Scottish Leaving Certificate Examination, 1952
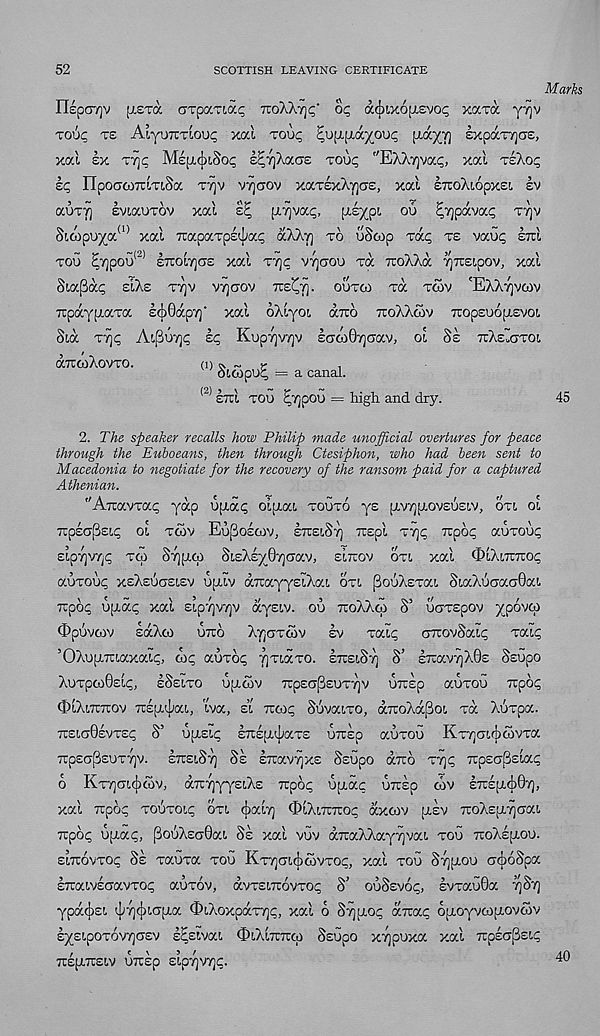
52
SCOTTISH LEAVING CERTIFICATE
HcpOTjV [J.STO, GTpKTLGCC TZo'hXrjC' OC acjliy.OIJEVOp xavdc y7]V
ro’jp te Aiy’j~Tioup xod Toup po;x(Tayooc ixayy ExpaTTjcre,
xal ex vyc Ms[xpSop e^tjAscge voop "EAAyvac, xal rlXop
Ip IlpoafOTuiTiSa TYjv vyaov xaTExXyoE, xai ETtoXiopxsi lv
aoTy IviaoTov xal
[xyvap, [XEypi oo ^ypavap vyv
SL6)pu^a a) xal TrapaTps^ap aXXy to uScop Tap te vaup etiI
too ^ypou* 21 ETrolycTE xal Typ vycroo Ta xoXXa yTOipov, xal
Siaflap eLXe tvjv vyaov tte^tj. ootco toc tcov 'EXXyvwv
TcpaypiaTa l(j)0apy' xal oXlyoi d—6 TroXXtov TcopsuoptEvoi.
Sid Typ ApSuyp Ip Kupyvyv laoiOyaav, ol SI ttXexttoi,
aTrwXovTO.
(1) ^ ~ r
,
otaipup = a canal.
(2) IttI too ^ypoo = high and dry.
Marks
45
2. TXe speaker recalls how Philip made unofficial overtures for peace
through the Euboeans, then through Ctesiphon, who had been sent to
Macedonia to negotiate for the recovery of the ransom paid for a captured
Athenian.
"AmscvTap yap upidp olptai touto ys p,vyfi.ov£0£iv, oti ol
TcpIapEip ol twv Eupolcnv, ItteiSt) TTEpl Typ Tupop auTOup
Eipyvyp Tpi Syjjxo SiEXlyOyCTav, eitcov otl xal OlXotttop
auTOup xeXeuoelev up.iv dirayysiXai oti pouXsTai SiaXuaacjOai
Tcpop upidp xal sipyvyv dyEiv. ou rcoXXqi S’ oaTEpov ypovco
3>puvcov IdXco otto XyoTcov Iv Talp cxovSaLp Taip
’OXopixiaxaip, aip auTop yTiaTO. IxsiSy S’ IxavyXGs Ssupo
XoTpcoOslp, ISelto ufxcov xpsapEUTyv oxlp auTOU xpop
(DlXlttttov xlpujjay iva, el xcop SuvaiTO, dxoXdpoi Ta XuTpa.
xeloGevtep S’ upiEip IxIpuJjaTE uxlp aUTOU KTyoxrjicovTa
xpsajSsuTyv. IxsiSy SI Ixavyxs Ssupo dxo Typ xpEc[3£Lap
6 KTyaLcjxov, dxyyysLXs xpop upiap uxlp cov IxspiAQy,
xal xpop toStolp otl ^aly <1)lXlxxop dxcov [xlv TCoXsfxyaaL
xpop 6[xap, jSouXscrGaL SI xal vuv dxaXXayyvaL tou xoXlpLou.
SLTtovTOp SI TauTa tou KTyaLcjioivTop, xal tou Sy[xou o^oSpa
IxaLvIuavTop auTov, dvTELxovTop S’ ouSsvop, IvTauGa ySy
ypd^EL ^ycjiLO'pLa 3>LXoxpdTyp, xal 6 Sypiop dxap 6[xoyvcopLOVo5v
lyELpoTovyasv lEslvaL OlXlxxco Ssupo xypuxa xal xplapEtp
XEpLXELV uxlp stpyvyp.
40